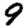
Digit: 9